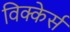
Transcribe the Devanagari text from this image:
विक्केर्स